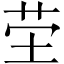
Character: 茔